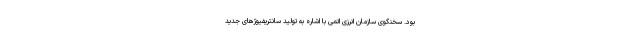
بود. سخنگوی سازمان انرزی اتمی با اشاره به تولید سانتریفیوژهای جدید